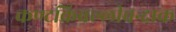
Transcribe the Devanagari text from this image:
कण्टकिवल्लीवन्दाक